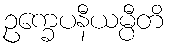
ဥက္ခေပနီယမ္ပီတိ